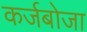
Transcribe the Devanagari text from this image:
कर्जबोजा